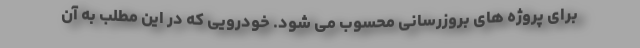
برای پروژه های بروزرسانی محسوب می شود. خودرویی که در این مطلب به آن